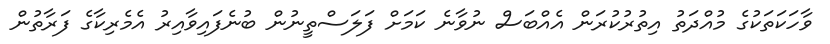
ވާހަކަތަކުގެ މުއްދަތު އިތުރުކުރަން އެއްބަސް ނުވާނެ ކަމަށް ފަލަސްތީނުން ބުނެފައިވާއިރު އެމެރިކާގެ ފަރާތުން